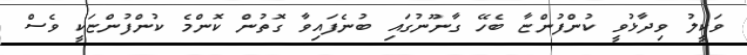
ވަކީލު ވިދާޅުވީ ކުންފުންޏާ ބެހޭ ގާނޫނުގައި ބުނެފައިވާ ގޮތުން ކޮންމެ ކުންފުންޏަކީ ވެސް